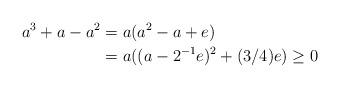
LaTeX: \begin{align*}a^{3}+a-a^{2} & =a(a^{2}-a+e)\\& =a((a-2^{-1}e)^{2}+(3/4)e)\geq0\end{align*}